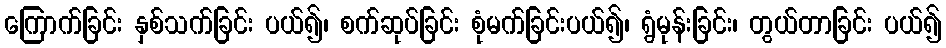
ကြောက်ခြင်း နှစ်သက်ခြင်း ပယ်၍၊ စက်ဆုပ်ခြင်း စုံမက်ခြင်းပယ်၍၊ ရွံမုန်းခြင်း၊ တွယ်တာခြင်း ပယ်၍